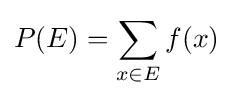
P(E)=\sum _{x\in E}f(x)